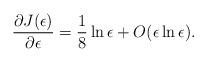
LaTeX: \begin{align*}\frac{\partial J(\epsilon)}{\partial\epsilon}=\frac{1}{8}\ln\epsilon+O(\epsilon\ln\epsilon).\end{align*}